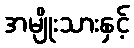
အမျိုးသားနှင့်